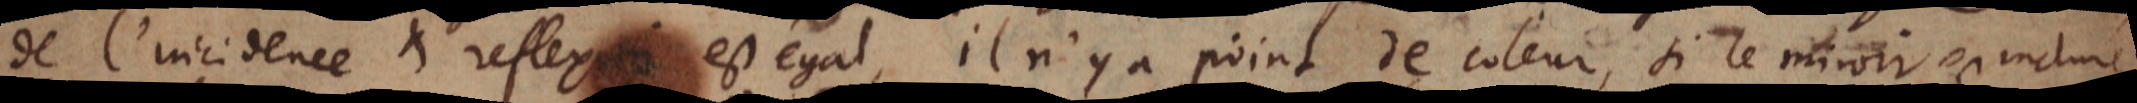
de l’incidence et reflexion est égal, il n’y a point de couleur, si le miroir est incliné